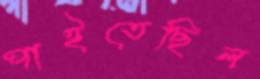
পাইতেছিল